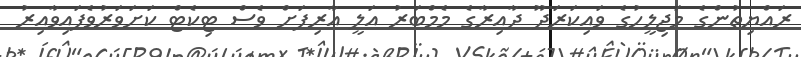
ރައްޔިތުންގެ މަޖިލީހުގެ ވައިކަރަދޫ ދާއިރާގެ މެމްބަރު އަލީ އާރިފަށް ވެސް ޓިކެޓް ކަށަވަރުވެފައިވާއިރު